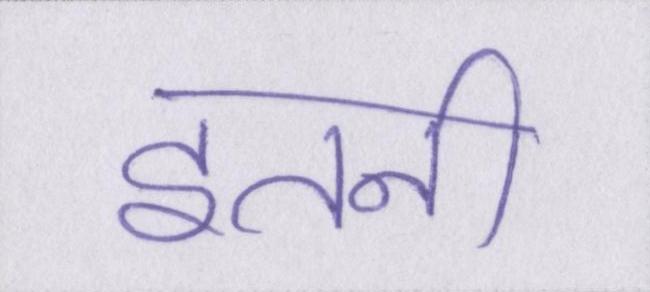
इतनी